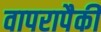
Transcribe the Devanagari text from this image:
वापरापैकी